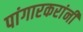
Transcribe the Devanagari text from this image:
पांगारकरांनी